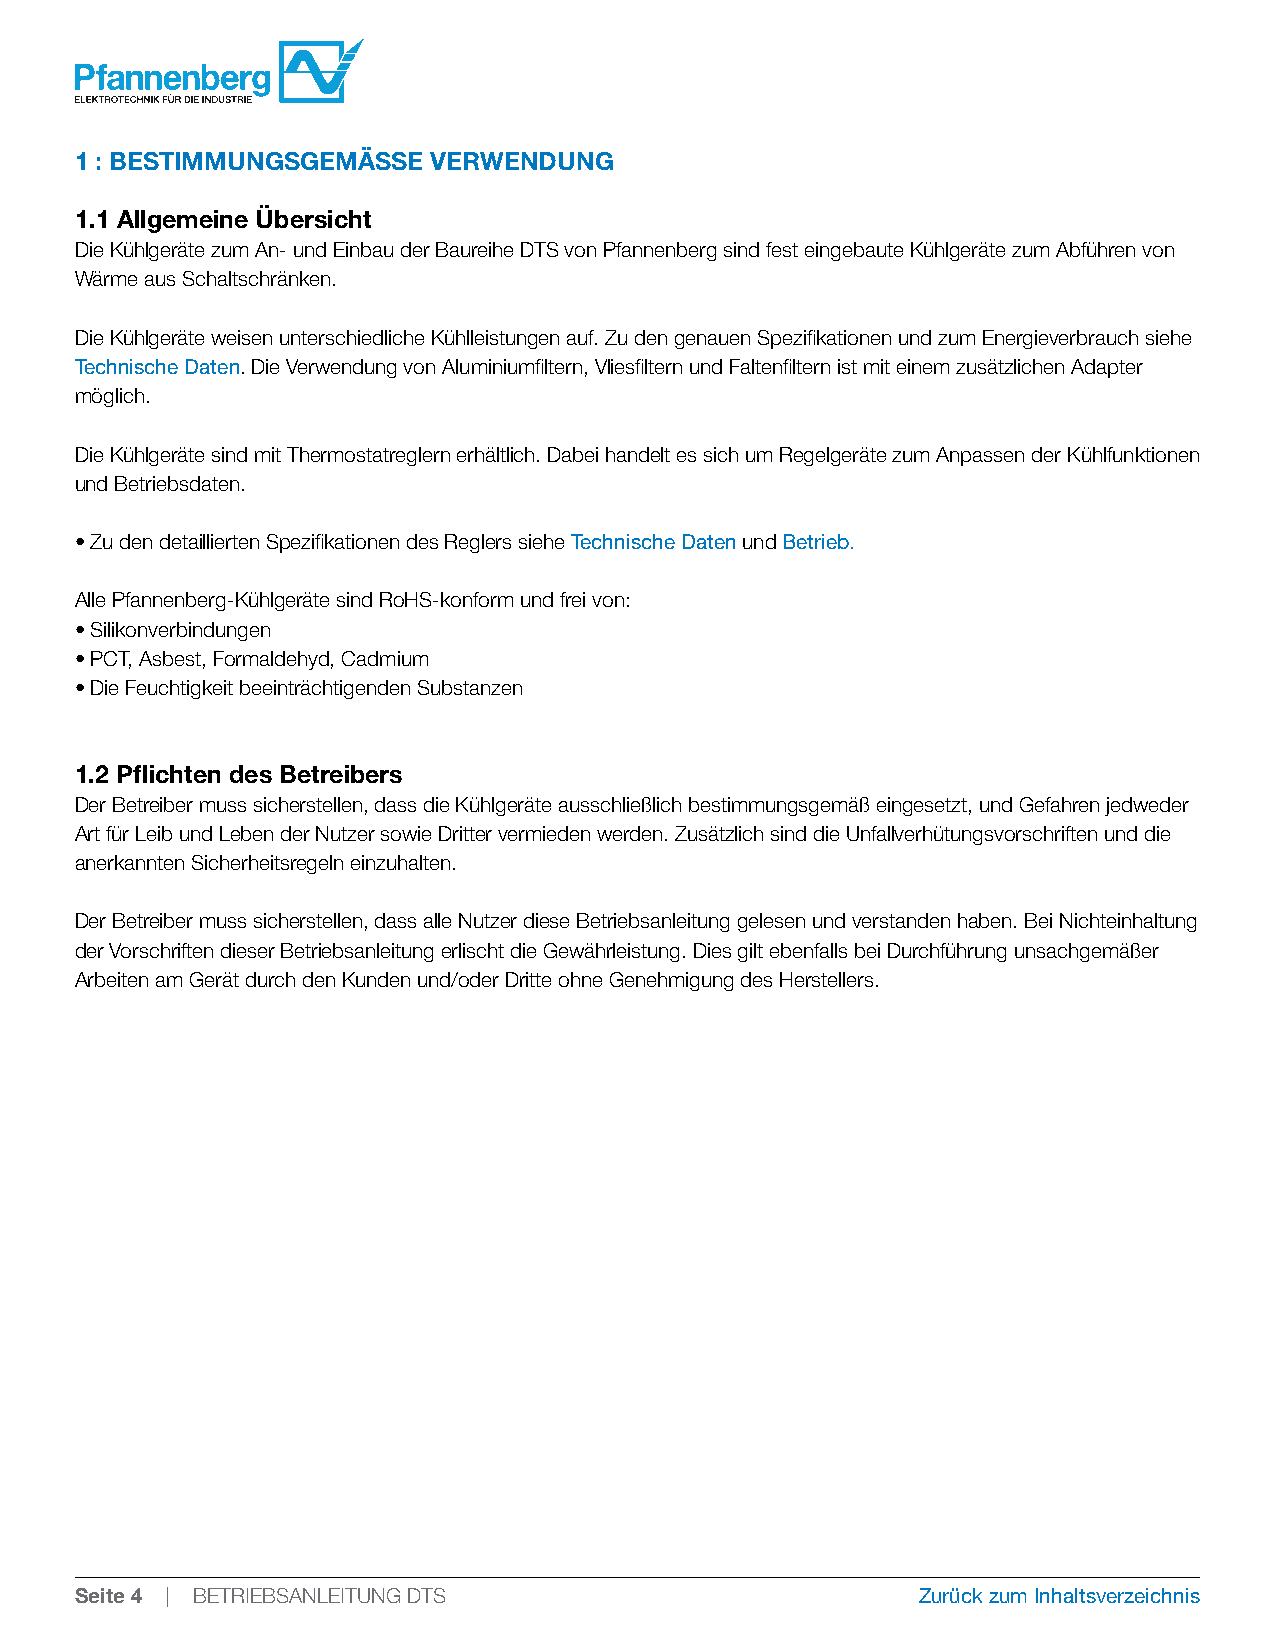
1 : BESTIMMUNGSGEMÄSSE  VERWENDUNG
 1.1 Allgemeine Übersicht
 Die Kühlgeräte zum An- und Einbau der Baureihe DTS von Pfannenberg sind fest eingebaute Kühlgeräte zum Abführen von
 Wärme aus Schaltschränken.
 Die Kühlgeräte weisen unterschiedliche Kühlleistungen auf. Zu den genauen Spezifikationen und zum Energieverbrauch siehe
 Technische Daten. Die Verwendung von Aluminiumfiltern, Vliesfiltern und Faltenfiltern ist mit einem zusätzlichen Adapter
 möglich.
 Die Kühlgeräte sind mit Thermostatreglern erhältlich. Dabei handelt es sich um Regelgeräte zum Anpassen der Kühlfunktionen
 und Betriebsdaten.
 • Zu den detaillierten Spezifikationen des Reglers siehe Technische Daten und Betrieb.
 Alle Pfannenberg-Kühlgeräte sind RoHS-konform und frei von:
 • Silikonverbindungen
 • PCT, Asbest, Formaldehyd, Cadmium
 • Die Feuchtigkeit beeinträchtigenden Substanzen
 1.2 Pflichten des Betreibers
 Der Betreiber muss sicherstellen, dass die Kühlgeräte ausschließlich bestimmungsgemäß eingesetzt, und Gefahren jedweder
 Art für Leib und Leben der Nutzer sowie Dritter vermieden werden. Zusätzlich sind die Unfallverhütungsvorschriften und die
 anerkannten Sicherheitsregeln einzuhalten.
 Der Betreiber muss sicherstellen, dass alle Nutzer diese Betriebsanleitung gelesen und verstanden haben. Bei Nichteinhaltung
 der Vorschriften dieser Betriebsanleitung erlischt die Gewährleistung. Dies gilt ebenfalls bei Durchführung unsachgemäßer
 Arbeiten am Gerät durch den Kunden und/oder Dritte ohne Genehmigung des Herstellers.
 Seite 4 | BETRIEBSANLEITUNG DTS                         Zurück zum Inhaltsverzeichnis